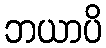
ဘယာပိ